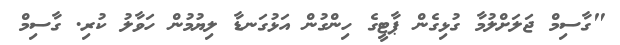
"ގާސިމް ޖަލަށްލުމާ ގުޅިގެން ޕާޓީގެ ހިންގުން އަޅުގަނޑާ ލިޔުމުން ހަވާލު ކުރި. ގާސިމް